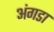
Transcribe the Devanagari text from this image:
अंगडा